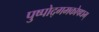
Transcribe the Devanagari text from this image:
पुष्पोद्गमकोषधम्